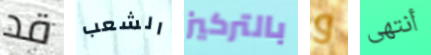
قد الشعب بالتركيز و أنتهى